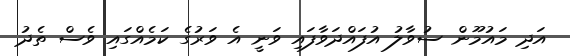
އަދި މައުމޫން ސުވާލު އުފައްދަވާފައި ވަނީ އެ ވަރުގެ ކަމެއްގައި ވެސް ތެދު